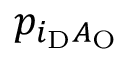
p _ { i _ { \mathrm { D } } A _ { \mathrm { O } } }